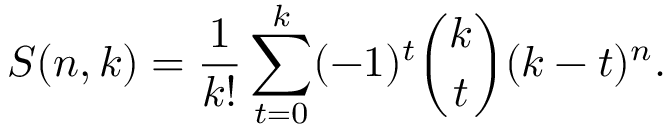
S ( n , k ) = { \frac { 1 } { k ! } } \sum _ { t = 0 } ^ { k } ( - 1 ) ^ { t } { \binom { k } { t } } ( k - t ) ^ { n } .